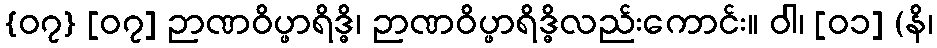
{၀၇} [၀၇] ဉာဏဝိပ္ဖာရိဒ္ဓိ၊ ဉာဏဝိပ္ဖာရိဒ္ဓိလည်းကောင်း။ ဝါ၊ [၀၁] (နိ၊